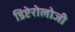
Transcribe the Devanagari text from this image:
डिप्टेरोलोजी